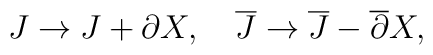
J \to J + \partial X,\ \ \ {\overline J} \to {\overline J} -{\overline\partial} X,